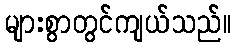
များစွာတွင်ကျယ်သည်။